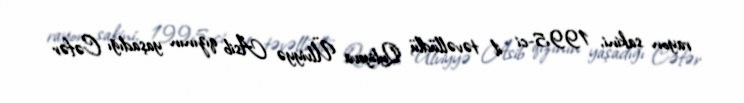
rayon sakini, 1995-ci il təvəllüdlü Quliyeva Ülviyyə Asib qızının yaşadığı Cəfər